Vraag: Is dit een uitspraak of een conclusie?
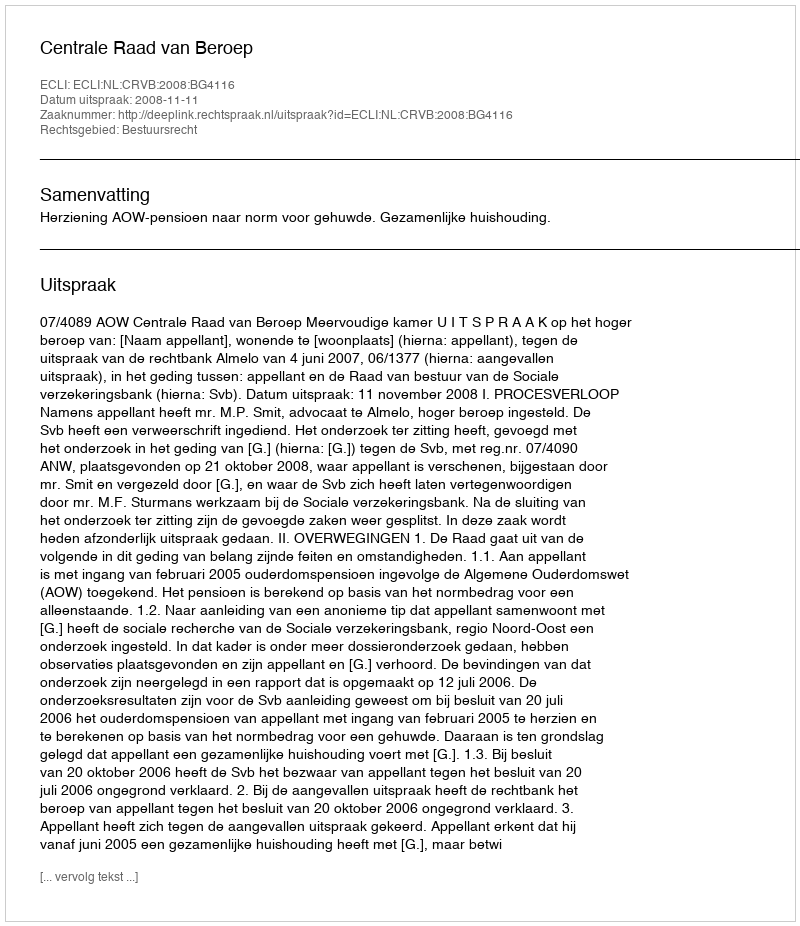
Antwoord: Uitspraak